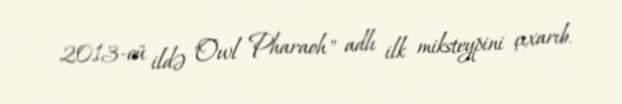
2013-cü ildə "Owl Pharaoh" adlı ilk miksteypini çıxarıb.